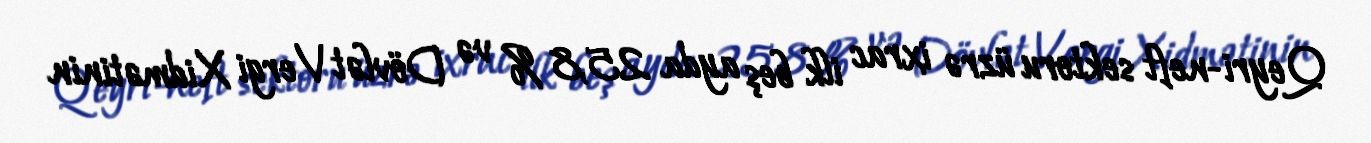
Qeyri-neft sektoru üzrə ixrac ilk beş ayda 25,8 % və Dövlət Vergi Xidmətinin